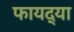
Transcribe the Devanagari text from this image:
फायद्या